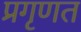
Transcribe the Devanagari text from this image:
प्रगृणत